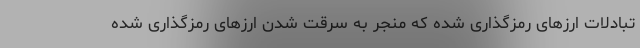
تبادلات ارزهای رمزگذاری شده که منجر به سرقت شدن ارزهای رمزگذاری شده